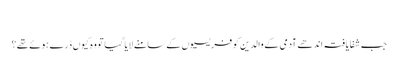
‏
جب شفایافتہ اندھے آدمی کے والدین کو فریسیوں کے سامنے لایا گیا تو وہ کیوں ڈرے ہوئے تھے؟